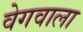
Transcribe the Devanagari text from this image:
वेगवाला